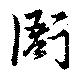
衙